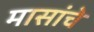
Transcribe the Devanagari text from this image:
मासांचे